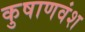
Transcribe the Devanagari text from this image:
कुषाणवंश